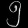
Digit: ၅